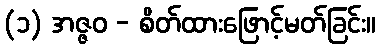
(၁) အဇ္ဇဝ - စိတ်ထားဖြောင့်မတ်ခြင်း။